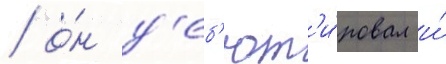
/ о́н д'еб'ют'и́ровал и́